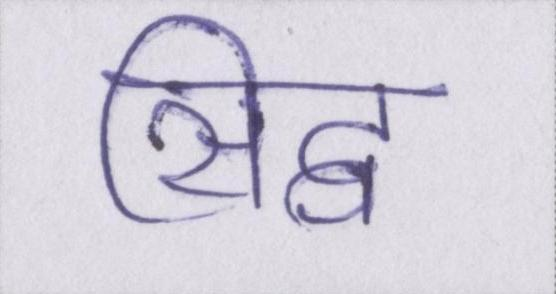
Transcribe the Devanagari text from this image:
सिद्व